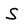
Character: S